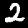
Digit: 2